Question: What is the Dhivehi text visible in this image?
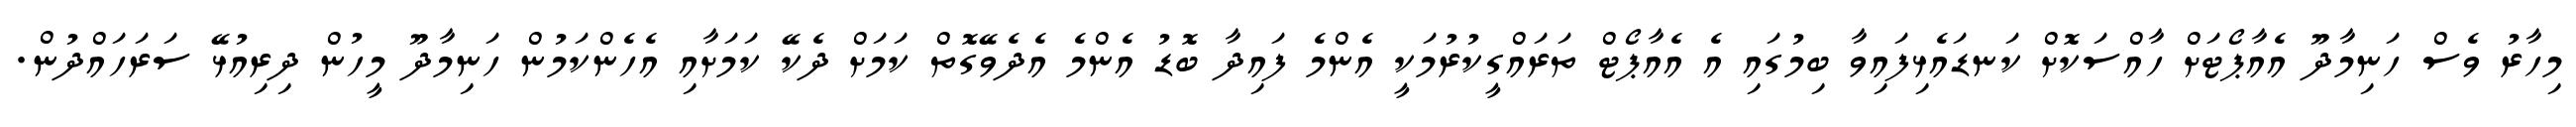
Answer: މިހާރު ވެސް ހަނިމާދޫ އެއާޕޯޓަށް ހާއްސަކޮށް ކަނޑައެޅިފައިވާ ބިމުގައި އެ އެއާޕޯޓް ތަރައްގީކުރުމަކީ އެންމެ ފައިދާ ބޮޑު އެންމެ އެދެވޭގޮތް ކަމަށް ދެކޭ ކަމަށާއި އެހެންކަމުން ހަނިމާދޫ މީހުން ދިރިއުޅޭ ސަރަހައްދުން.